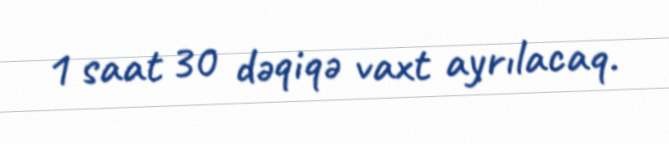
1 saat 30 dəqiqə vaxt ayrılacaq.